Report on the bubonic plague in Bombay, 1896-1897
Year: 1896
Disease focus: Plague
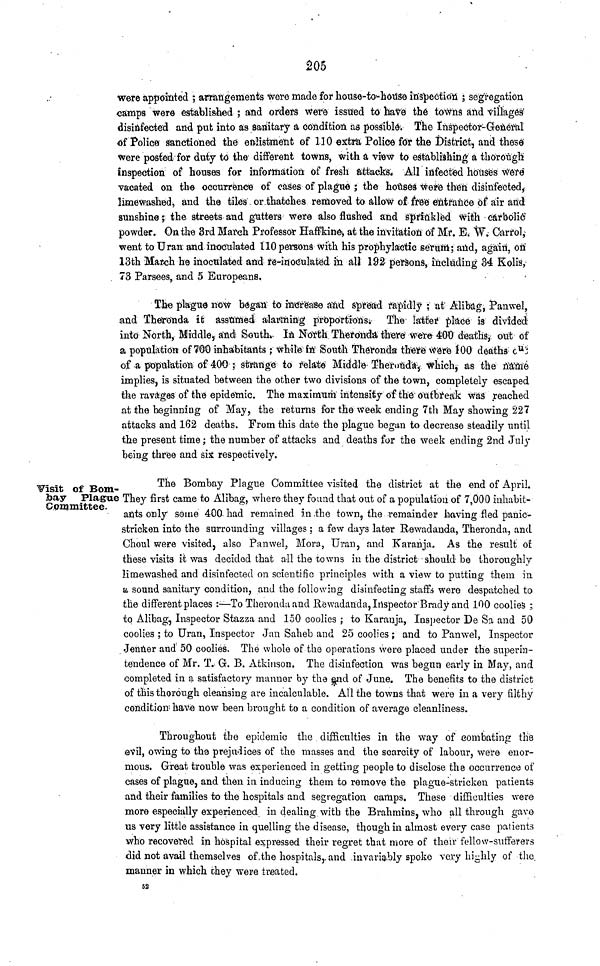
205
were appointed ; arrangements were made for house-to-house inspection ; segregation
camps were established ; and orders were issued to have the towns and villages
disinfected and put into as sanitary a condition as possible. The Inspector-General
of Police sanctioned the enlistment of 110 extra Police for the District, and these
were posted for duty to the different towns, with a view to establishing a thorough
inspection of houses for information of fresh attacks. All infected houses were
vacated on the occurrence of cases of plague ; the houses were then disinfected,
limewashed, and the tiles or thatches removed to allow of free entrance of air and
sunshine ; the streets and gutters were also flushed and sprinkled with carbolic
powder. On the 3rd March Professor Haffkine, at the invitation of Mr. E. W. Carrol,
went to Uran and inoculated 110 persons with his prophylactic serum; and, again, on
13th March he inoculated and re-inoculated in all 192 persons, including 34 Kolis,
73 Parsees, and 5 Europeans,
The plague now began to increase and spread rapidly ; at Alibag, Panwel,
and Theronda it assumed alarming proportions; The latter place is divided
into North, Middle, and South In North Theronda there were 400 deaths, out of
a population of 700 inhabitants ; while in South Theronda there were 100 deaths out
of a population of 400 ; strange to relate Middle Theronda which, as the name
implies, is situated between the other two divisions of the town, completely escaped
the ravages of the epidemic. The maximum intensity of the outbreak was reached
at the beginning of May, the returns for the week ending 7th May showing 227
attacks and 162 deaths. From this date the plague began to decrease steadily until
the present time ; the number of attacks and deaths for the week ending 2nd July
being three and six respectively.
Visit of Bom-
bay Plague
Committee.
The Bombay Plague Committee visited the district at the end of April.
They first came to Alibag, where they found that out of a population of 7,000 inhabit-
ants only some 400 had remained in the town, the remainder having fled panic-
stricken into the surrounding villages ; a few days later Rewadanda, Theronda, and
Choul were visited, also Panwel, Mora, Uran, and Karanja. As the result of
these visits it was decided that all the towns in the district should be thoroughly
limewashed and disinfected on scientific principles with a view to putting them in
a sound sanitary condition, and the following disinfecting staffs were despatched to
the different places :—To Theronda and Rewadanda, Inspector Brady and 100 coolies ;
to Alibag, Inspector Stazza and 150 coolies ; to Karanja, Inspector De Sa and 50
coolies ; to Uran, Inspector Jan Saheb and 25 coolies ; and to Panwel, Inspector
Jenner and 50 coolies. The whole of the operations were placed under the superin-
tendence of Mr. T. G. B. Atkinson, The disinfection was begun early in May, and
completed in a satisfactory manner by the end of June. The benefits to the district
of this thorough cleansing are incalculable. All the towns that were in a very filthy
condition have now been brought to a condition of average cleanliness.
Throughout the epidemic the difficulties in the way of combating the
evil, owing to the prejudices of the masses and the scarcity of labour, were enor-
mous. Great trouble was experienced in getting people to disclose the occurrence of
cases of plague, and then in inducing them to remove the plague-stricken patients
and their families to the hospitals and segregation camps. These difficulties were
more especially experienced in dealing with the Brahmins, who all through gave
us very little assistance in quelling the disease, though in almost every case patients
who recovered in hospital expressed their regret that more of their fellow-sufferers
did not avail themselves of the hospitals, and invariably spoke very highly of the
manner in which they were treated.
52